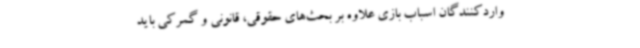
واردکنندگان اسباب بازی علاوه بر بحث‌های حقوقی، قانونی و گمرکی باید